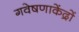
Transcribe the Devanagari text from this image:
गवेषणाकेंद्रों